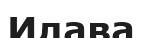
Илава